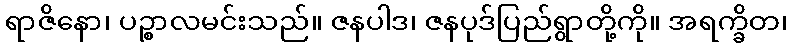
ရာဇိနော၊ ပဉ္စာလမင်းသည်။ ဇနပါဒ၊ ဇနပုဒ်ပြည်ရွာတို့ကို။ အရက္ခိတ၊